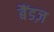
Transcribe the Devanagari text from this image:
बैंडज़